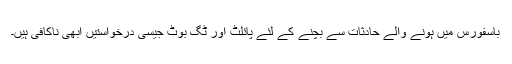
باسفورس میں ہونے والے حادثات سے بچنے کے لئے پائلٹ اور ٹگ بوٹ جیسی درخواستیں ابھی ناکافی ہیں۔